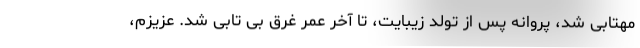
مهتابی شد، پروانه پس از تولد زیبایت، تا آخر عمر غرق بی تابی شد. عزیزم،